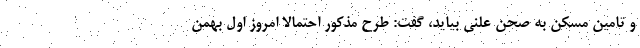
و تامین مسکن به صحن علنی بیاید، گفت: طرح مذکور احتمالا امروز اول بهمن